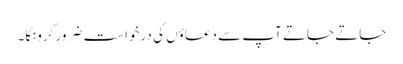
جاتے جاتے آپ سے دعاؤں کی درخواست ضرور کرونگا۔